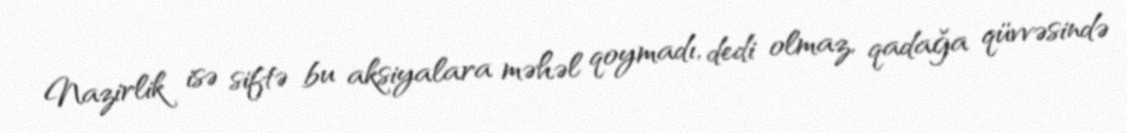
Nazirlik isə siftə bu aksiyalara məhəl qoymadı, dedi olmaz, qadağa qüvvəsində